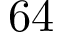
6 4